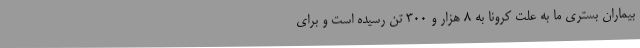
بیماران بستری ما به علت کرونا به ۸ هزار و ۳۰۰ تن رسیده است و برای